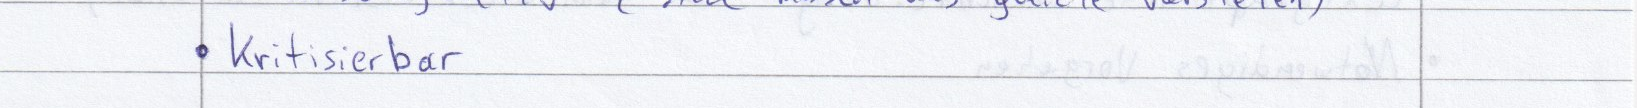
Kritisierbar